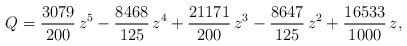
LaTeX: \begin{align*} Q = \frac{3079}{200} \,z^5 - \frac{8468}{125} \,z^4 + \frac{21171}{200} \,z^3 - \frac{8647}{125} \,z^2 + \frac{16533}{1000} \,z , \end{align*}